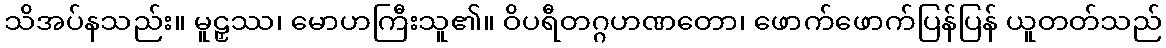
သိအပ်နသည်း။ မူဠှဿ၊ မောဟကြီးသူ၏။ ဝိပရီတဂ္ဂဟဏတော၊ ဖောက်ဖောက်ပြန်ပြန် ယူတတ်သည်